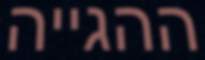
ההגייה